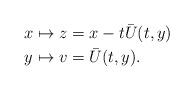
LaTeX: \begin{align*}x \mapsto z & = x - t\bar{U}(t,y) \\ y \mapsto v & = \bar{U}(t,y). \end{align*}